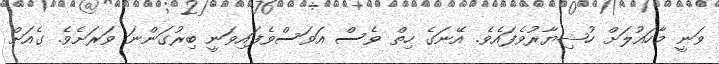
ވަނީ މާހައުލަށް ހުޝިޔާރުވެފައެވެ. އޭނަގެ ހިތް ވެސް އަވަސްވެފައިވަނީ ބިރުގަންނަ ވަރަށެވެ. ގެއަށް